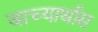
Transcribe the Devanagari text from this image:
वाच्यार्थास